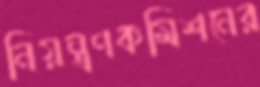
নিয়ন্ত্রণকমিশনের